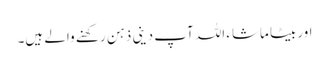
اوربیٹا ماشاء اللہ آپ دینی ذہن رکھنے والے ہیں۔